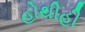
હોથીહી